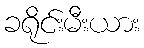
ခရိုင်းမီးယား